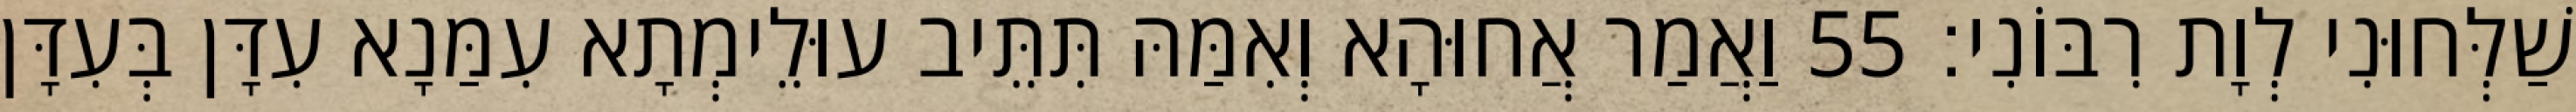
שַׁלְּחוּנִי לְוָת רִבּוֹנִי׃ 55 וַאֲמַר אֲחוּהָא וְאִמַּהּ תִּתֵּיב עוּלֵימְתָא עִמַּנָא עִדָּן בְּעִדָּן